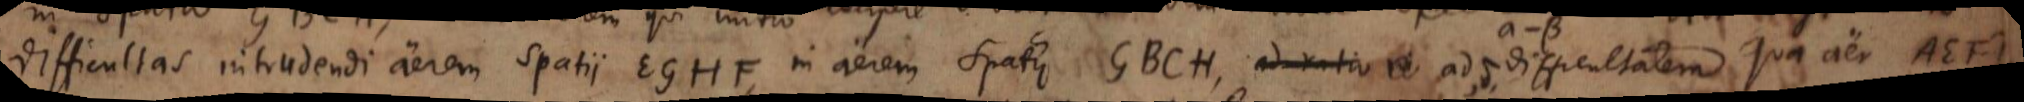
difficultas intrudendi aerem spatii EGHF, in aerem spatii GBCH, ad ratio in ad δ, difficultatem qua aer AEFD